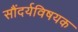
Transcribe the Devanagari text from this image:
सौंदर्यविषयक